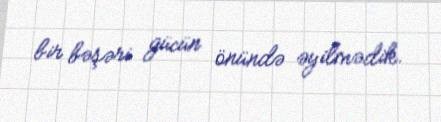
bir bəşəri gücün önündə əyilmədik.